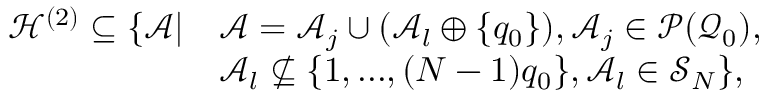
\begin{array} { r l } { \mathcal { H } ^ { ( 2 ) } \subseteq \{ \mathcal { A } \vert } & { \mathcal { A } = \mathcal { A } _ { j } \cup ( \mathcal { A } _ { l } \oplus \{ q _ { 0 } \} ) , \mathcal { A } _ { j } \in \mathcal { P } ( \mathcal { Q } _ { 0 } ) , } \\ & { \mathcal { A } _ { l } \not \subseteq \{ 1 , . . . , ( N - 1 ) q _ { 0 } \} , \mathcal { A } _ { l } \in \mathcal { S } _ { N } \} , } \end{array}